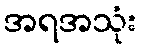
အရအသုံး